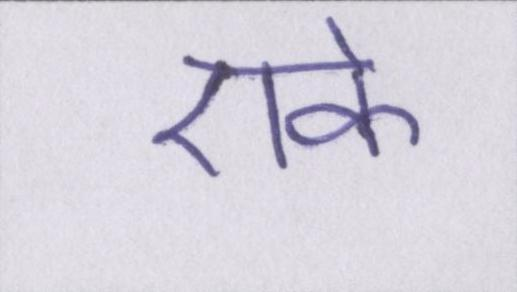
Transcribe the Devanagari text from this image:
एके